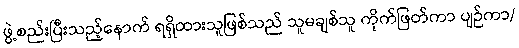
ဖွဲ့စည်းပြီးသည့်နောက် ရရှိထားသူဖြစ်သည် သူမချစ်သူ ကိုက်ဖြတ်ကာ ပျဉ်ကာ/